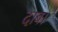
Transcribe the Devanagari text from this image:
दाब।